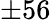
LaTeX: \pm 56